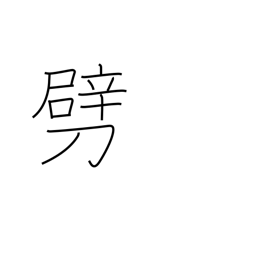
Meaning: break